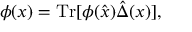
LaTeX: \phi ( x ) = \mathrm { T r } [ \phi ( \hat { x } ) \hat { \Delta } ( x ) ] ,